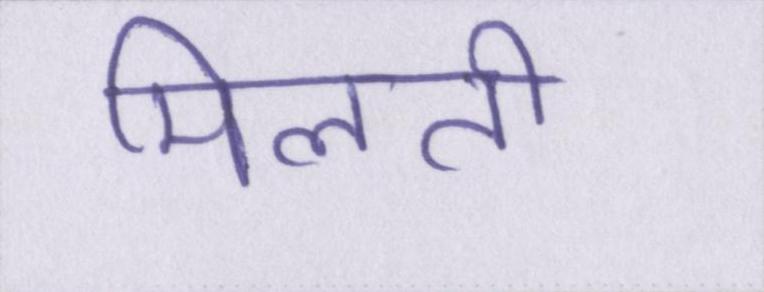
मिलती